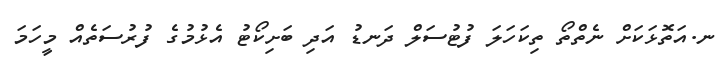
ނ.އަތޮޅަކަށް ނެތްތޯ ތިކަހަލަ ފުޓުސަލް ދަނޑު އަދި ބަށިކޯޓު އެޅުމުގެ ފުރުސަތެއް މީހަމަ